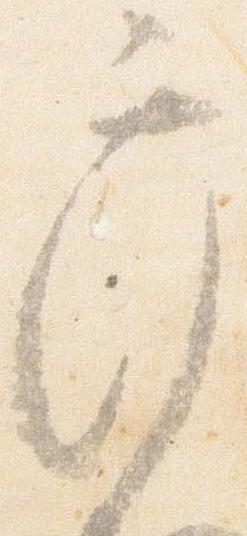
弁